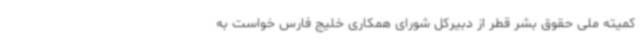
کمیته ملی حقوق بشر قطر از دبیرکل شورای همکاری خلیج فارس خواست به